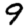
Digit: 9